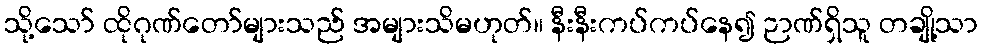
သို့သော် ထိုဂုဏ်တော်များသည် အများသိမဟုတ်။ နီးနီးကပ်ကပ်နေ၍ ဉာဏ်ရှိသူ တချို့သာ